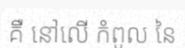
គឺ នៅលើ កំពូល នៃ